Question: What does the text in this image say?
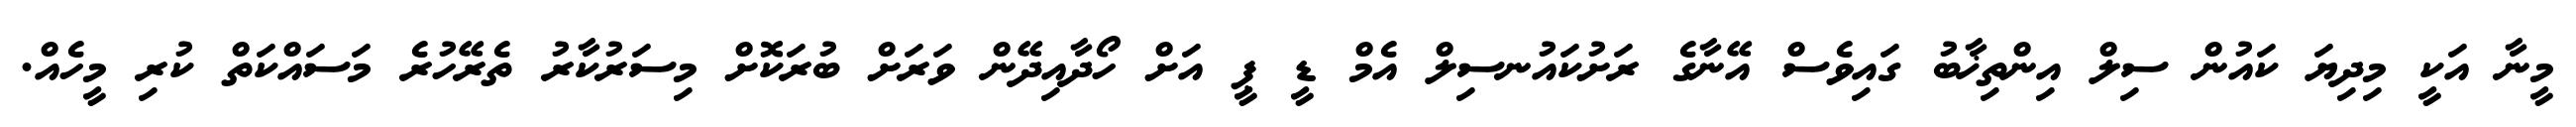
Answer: މީނާ އަކީ މިދިޔަ ކައުން ސިލް އިންތިޚާބު ގައިވެސް އޭނާގެ ރަށުކައުނސިލް އެމް ޑީ ޕީ އަށް ހޯދާއިދޭން ވަރަށް ބުރަކޮށް މިސަރުކާރު ތެރޭހުރެ މަސައްކަތް ކުރި މީހެއް.